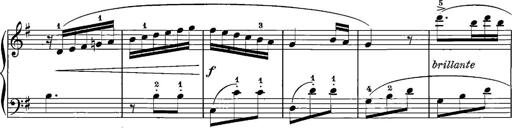
Title: 12 Sonatinas
Composer: Ignaz Pleyel